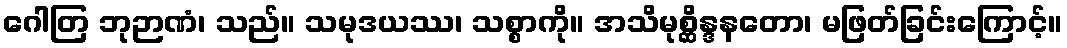
ဂေါတြ ဘုဉာဏံ၊ သည်။ သမုဒယဿ၊ သစ္စာကို။ အသိမုစ္ဆိန္ဒနတော၊ မဖြတ်ခြင်းကြောင့်။